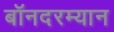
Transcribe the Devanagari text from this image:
बॉनदरम्यान